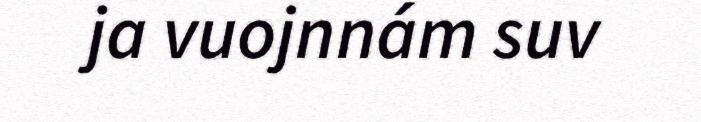
ja vuojnnám suv